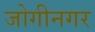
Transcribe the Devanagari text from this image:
जोगीनगर